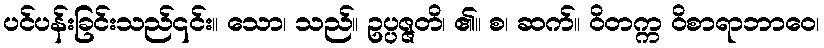
ပင်ပန်းခြင်းသည်၎င်း။ သော၊ သည်။ ဥပ္ပဇ္ဇတိ၊ ၏။ စ၊ ဆက်။ ဝိတက္က ဝိစာရာဘာဝေ၊